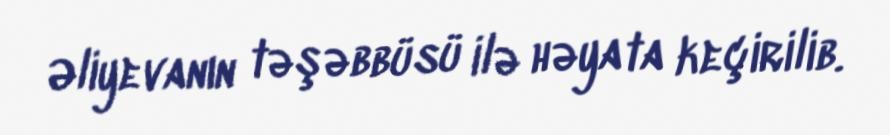
Əliyevanın təşəbbüsü ilə həyata keçirilib.